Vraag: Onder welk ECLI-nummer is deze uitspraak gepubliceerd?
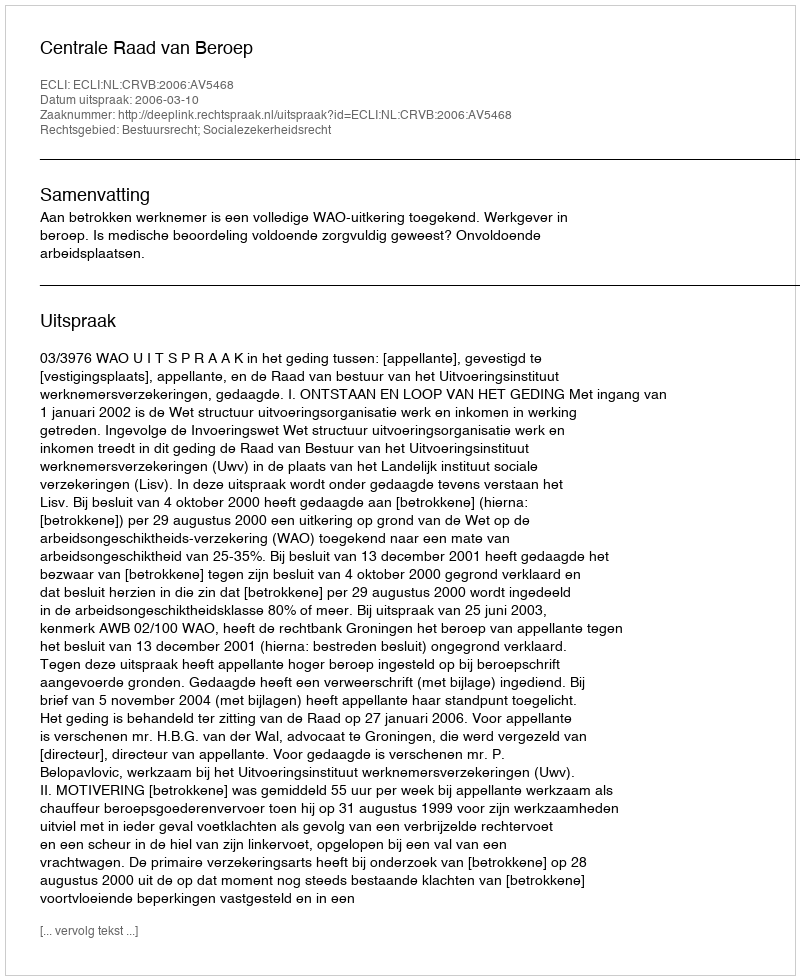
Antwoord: ECLI:NL:CRVB:2006:AV5468